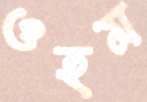
ওহম